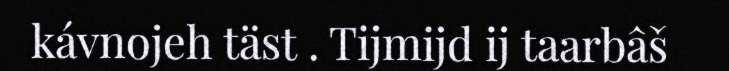
kávnojeh täst . Tijmijd ij taarbâš